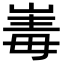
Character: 𭖪